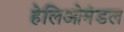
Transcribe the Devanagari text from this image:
हेलिओमंडल